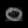
Digit: ၀